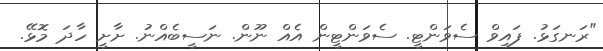
"ރަނގަޅު. ފައިވް ސެވަންޓީ. ސެވަންޓީން އެއް ނޫން. ނަސީބެއްނު. ށާށީ ހާދަ މޮޅޭ.